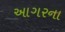
આગરના